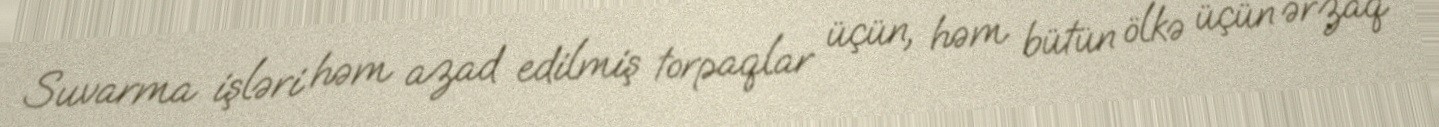
Suvarma işləri həm azad edilmiş torpaqlar üçün, həm bütün ölkə üçün ərzaq